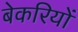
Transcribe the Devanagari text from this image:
बेकरियों